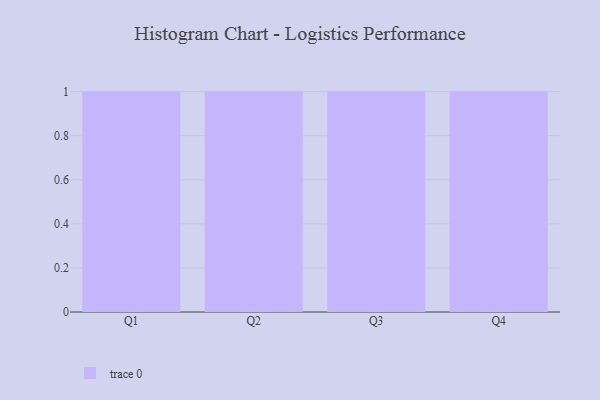
{"axis": {"x": "Quarter", "y": "Active Users"}, "legend": [""], "data": [{"x": "Q1", "y": 44, "type": ""}, {"x": "Q2", "y": 1, "type": ""}, {"x": "Q3", "y": 59, "type": ""}, {"x": "Q4", "y": 47, "type": ""}]}